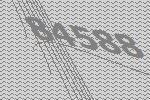
84588